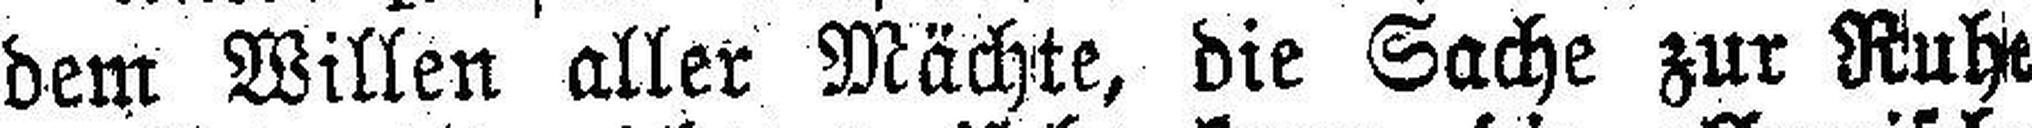
dem Willen aller Mächte, die Sache zur Ruhe